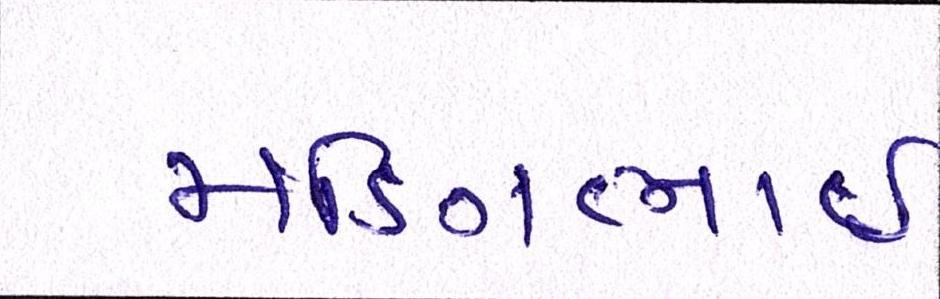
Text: મણિભાઇ